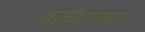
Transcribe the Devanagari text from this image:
आनंदरामायण